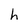
Character: h